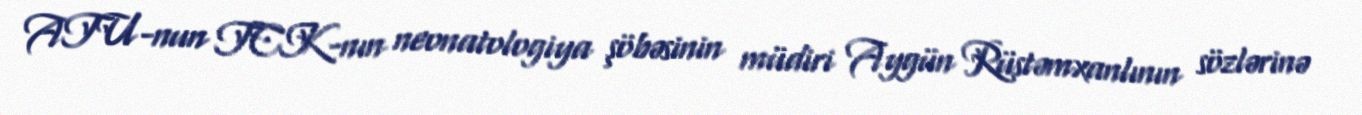
ATU-nun TCK-nın neonatologiya şöbəsinin müdiri Aygün Rüstəmxanlının sözlərinə